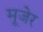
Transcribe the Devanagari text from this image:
मूजेर